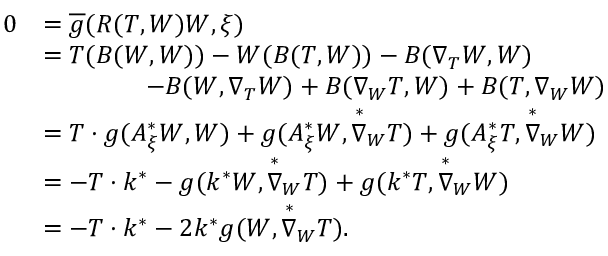
\begin{array} { r l } { 0 } & { = \overline { { g } } ( R ( T , W ) W , \xi ) } \\ & { = T ( B ( W , W ) ) - W ( B ( T , W ) ) - B ( \nabla _ { T } W , W ) } \\ & { \qquad \qquad - B ( W , \nabla _ { T } W ) + B ( \nabla _ { W } T , W ) + B ( T , \nabla _ { W } W ) } \\ & { = T \cdot g ( A _ { \xi } ^ { * } W , W ) + g ( A _ { \xi } ^ { * } W , \overset { * } { \nabla } _ { W } T ) + g ( A _ { \xi } ^ { * } T , \overset { * } { \nabla } _ { W } W ) } \\ & { = - T \cdot k ^ { * } - g ( k ^ { * } W , \overset { * } { \nabla } _ { W } T ) + g ( k ^ { * } T , \overset { * } { \nabla } _ { W } W ) } \\ & { = - T \cdot k ^ { * } - 2 k ^ { * } g ( W , \overset { * } { \nabla } _ { W } T ) . } \end{array}